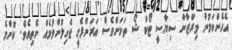
އެހެންކަމުން މިރްޒާން ސިޔާސީ ޓޯކް ޝޯ ތަކަށްވެސް އަރަންފެށީ ޖެހިލުންވުމެއް ނެތިއެވެ. ކޮންމެ